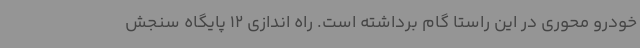
خودرو محوری در این راستا گام برداشته است. راه اندازی 12 پایگاه سنجش